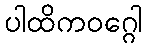
ပါထိကဝဂ္ဂေါ